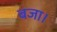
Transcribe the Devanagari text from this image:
बजा।